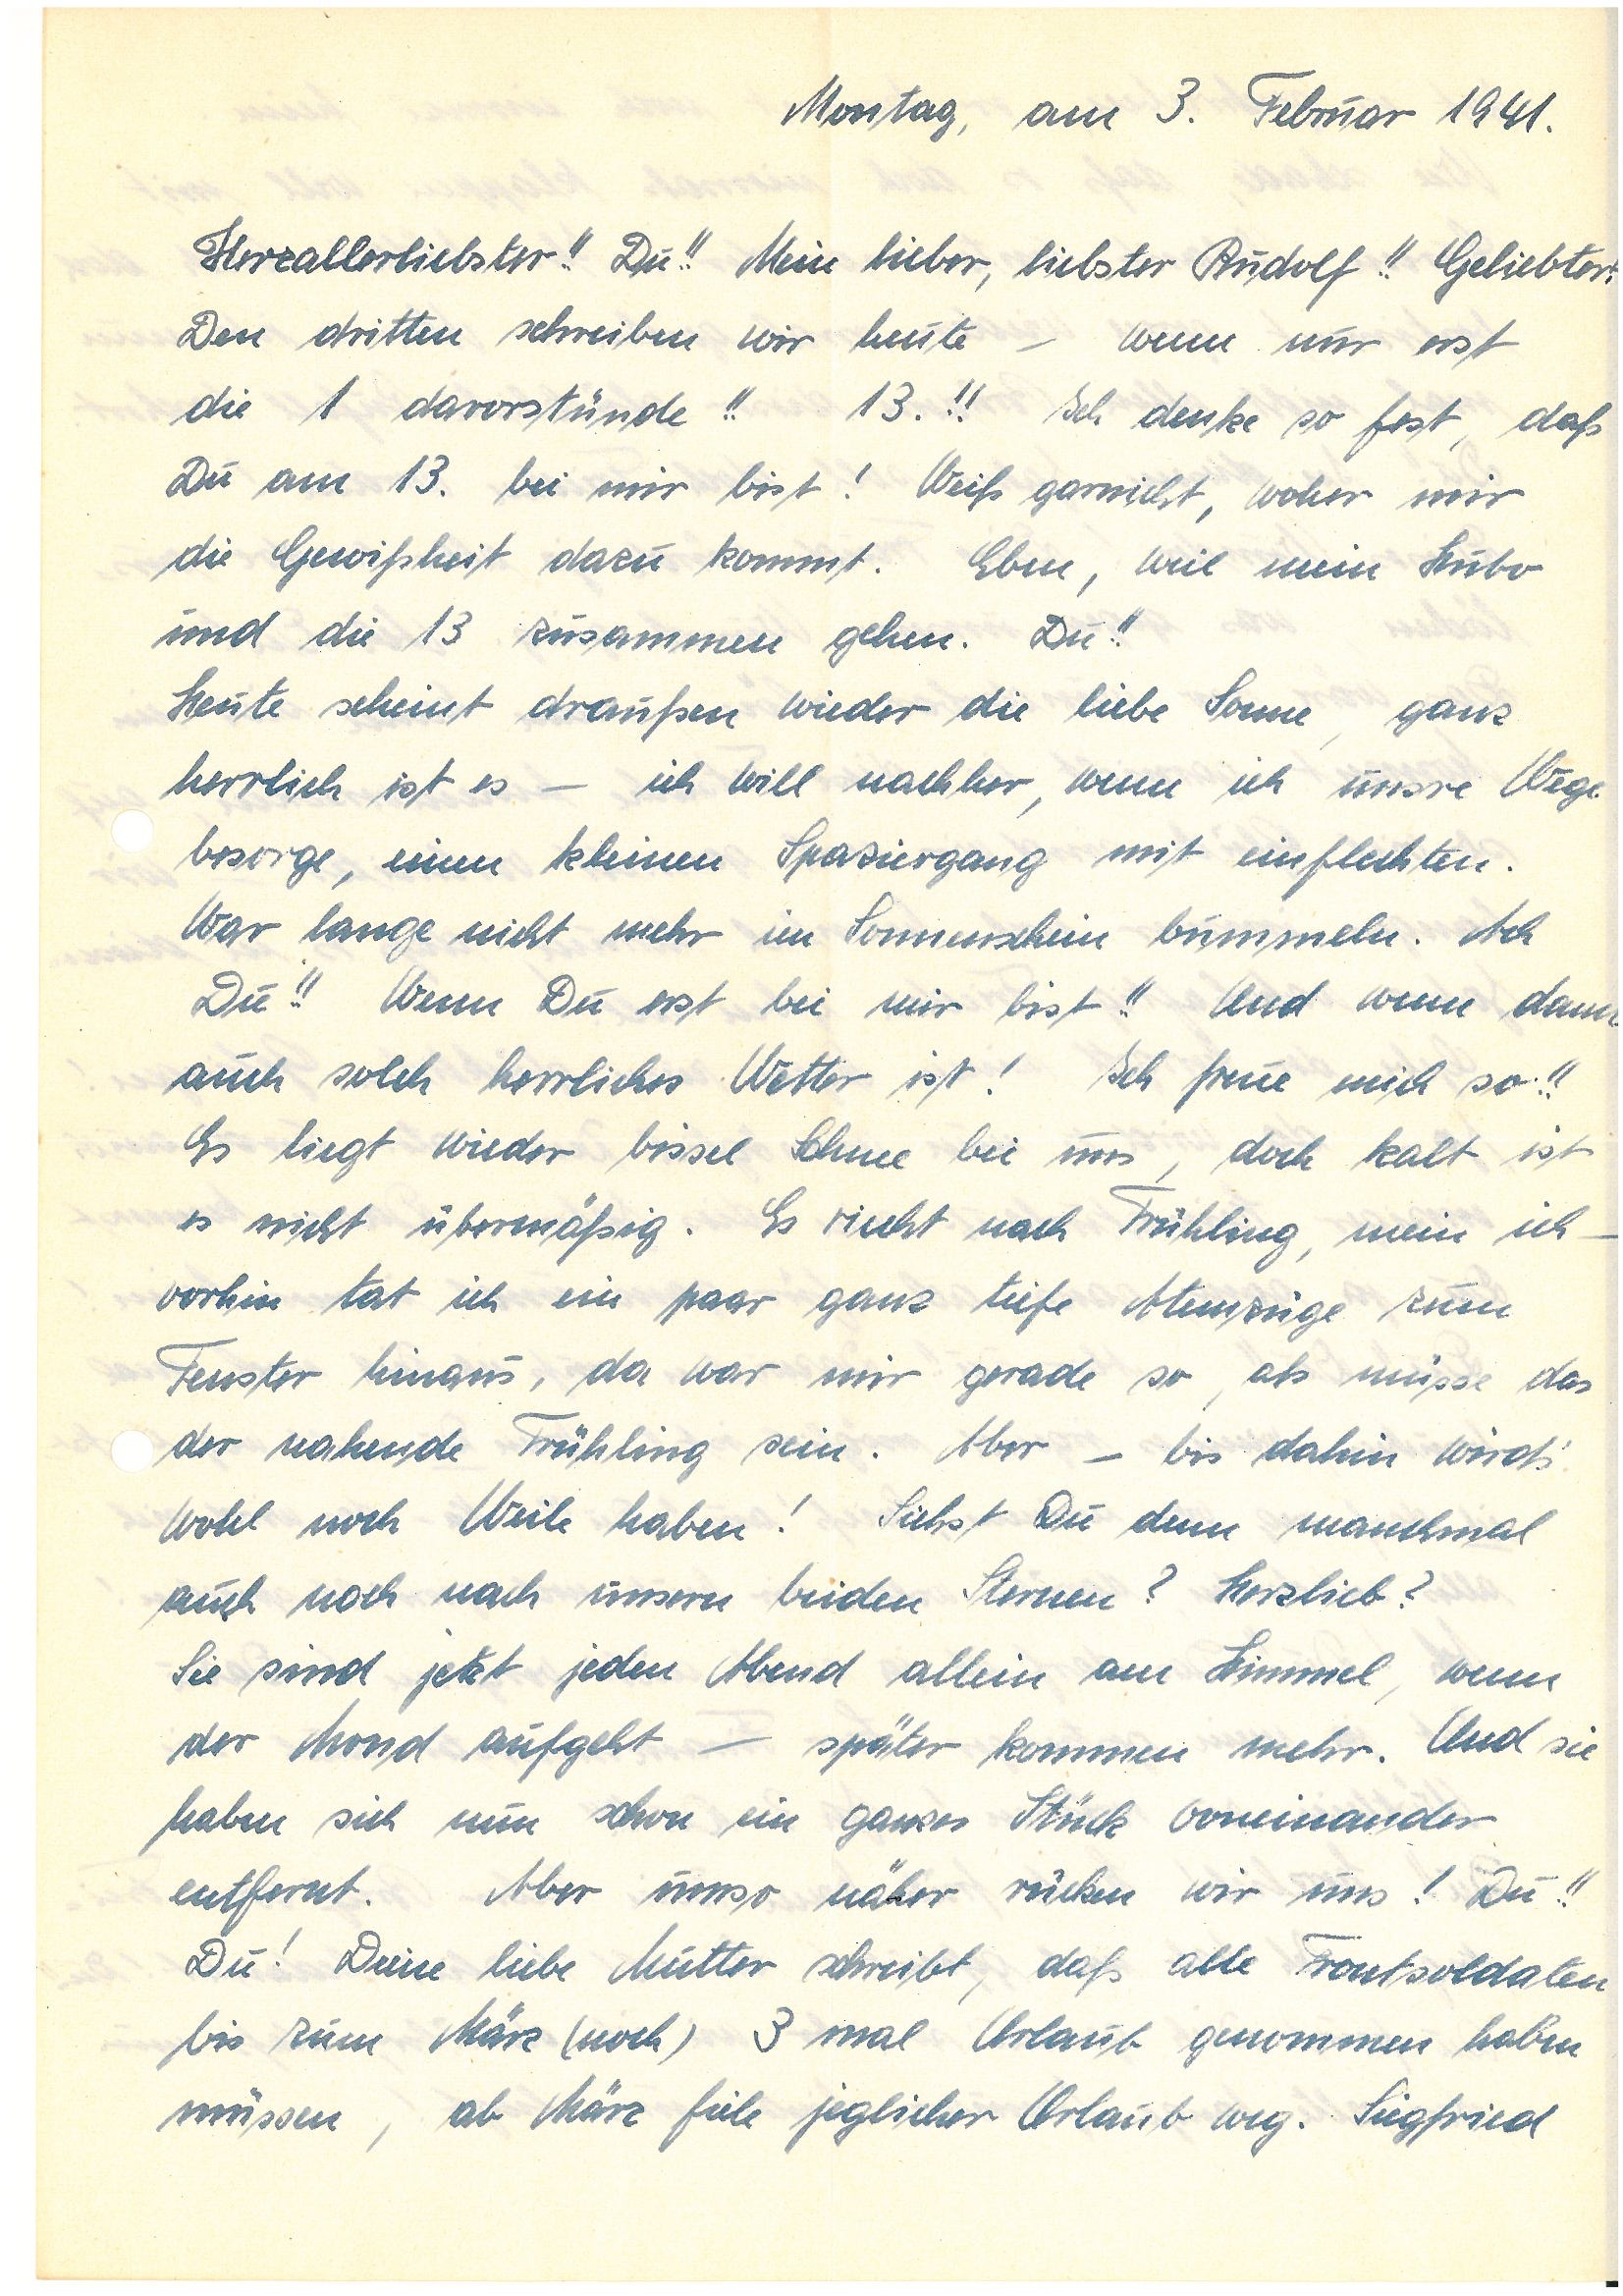
Montag, am 3. Februar 1941.
Herzallerliebster!! Du!! Mein lieber, liebster !! Geliebter
Den dritten schreiben wir heute – wenn nur erst
die 1 davorstünde!! 13.!! Ich denke so fest, daß
Du am 13. bei mir bist! Weiß garnicht, woher mir
die Gewißheit dazu kommt. Eben, weil mein Hubo
und die 13 zusammen gehen. Du!!
Heute scheint draußen wieder die liebe Sonne, ganz
herrlich ist es – ich will nachher, wenn ich unsere Wege
besorge, einen kleinen Spaziergang einflechten.
War lange nicht mehr im Sonnenschein bummeln. Ach
Du!! Wenn Du erst bei mir bist!! Und wenn dann
auch solch herrliches Wetter ist! Ich freue mich so!!
Es liegt wieder bissel Schnee bei uns, doch kalt ist
es nicht übermäßig. Es riecht nach Frühling, mein ich –
vorhin tat ich ein paar ganz tiefe Atemzüge zum
Fenster hinaus, da war mir grade so, als müsse das
der nahende Frühling sein. Aber – bis dahin wirds‘
wohl noch Weile haben! Siehst Du denn manchmal
auch noch nach unseren beiden Sternen? Herzlieb?
Sie sind jetzt jeden Abend allein am Himmel, wenn
der Mond aufgeht – später kommen mehr. Und sie
haben sich nun schon ein ganzes Stück voneinander
entfernt. Aber umso näher rücken wir uns! Du!! Du!
Deine liebe Mutter schreibt, daß alle Frontsoldaten
bis zum März (noch) 3 mal Urlaub genommen haben
müssen, ab März fiele jeglicher Urlaub weg. S.